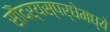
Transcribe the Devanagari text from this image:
सौंदर्यस्पर्धेमध्ये